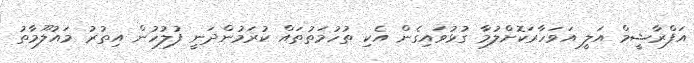
އަފްރާޝީމް އަލީ އަވަހާރަކޮށްލުމާ ގުޅުވައިގެން އެކި ތުހުމަތުތައް ކުރަމުންދަނީ ފުލުހުން އިތުރު މައުލޫމާތު